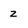
Character: z